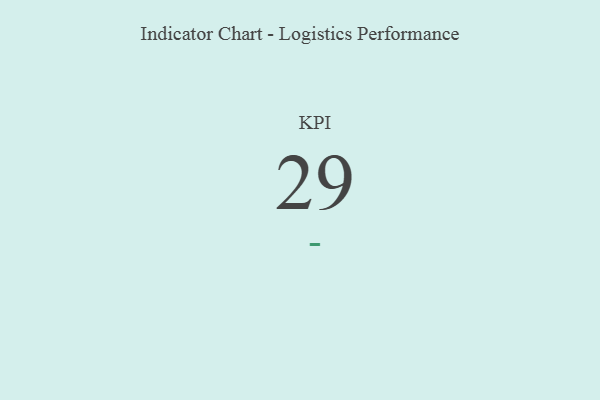
{"axis": {"x": "KPI", "y": "Value"}, "legend": [""], "data": [{"x": "KPI", "y": 29, "type": ""}]}